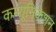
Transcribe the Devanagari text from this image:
कम्‍यूनिकेशन